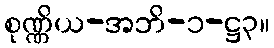
စုဏ္ဏိယ-အဘိ-၁-ဋ္ဌ၃။